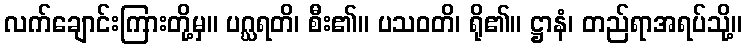
လက်ချောင်းကြားတို့မှ။ ပဂ္ဃရတိ၊ စီး၏။ ပသဝတိ၊ ရို၏။ ဋ္ဌာနံ၊ တည်ရာအရပ်သို့။